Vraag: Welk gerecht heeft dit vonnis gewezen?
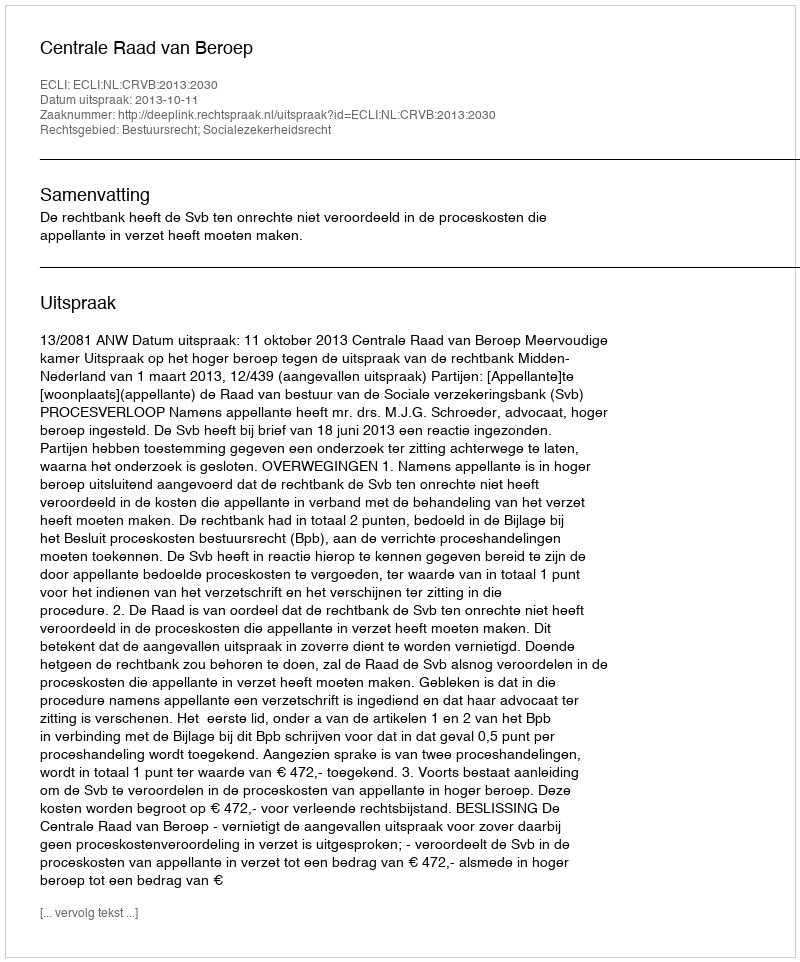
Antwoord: Centrale Raad van Beroep